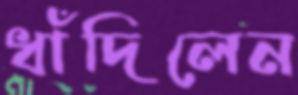
ধাঁদিলেন